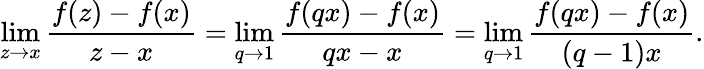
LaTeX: \operatorname*{lim}_{z\to x}{\frac{f(z)-f(x)}{z-x}}=\operatorname*{lim}_{q\to 1}{\frac{f(qx)-f(x)}{qx-x}}=\operatorname*{lim}_{q\to 1}{\frac{f(qx)-f(x)}{(q-1)x}}.